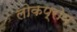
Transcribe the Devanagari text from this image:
लोकप्रोय